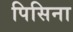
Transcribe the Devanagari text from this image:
पिसिना